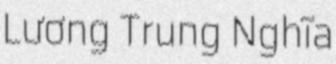
Lương Trung Nghĩa